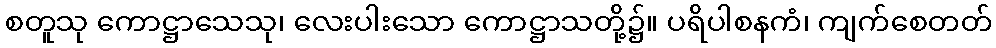
စတူသု ကောဋ္ဌာသေသု၊ လေးပါးသော ကောဋ္ဌာသတို့၌။ ပရိပါစနကံ၊ ကျက်စေတတ်